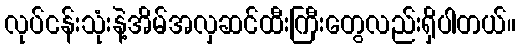
လုပ်ငန်းသုံးနဲ့အိမ်အလှဆင်ထီးကြီးတွေလည်းရှိပါတယ်။